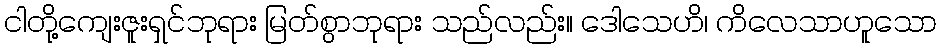
ငါတို့ကျေးဇူးရှင်ဘုရား မြတ်စွာဘုရား သည်လည်း။ ဒေါသေဟိ၊ ကိလေသာဟူသော